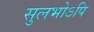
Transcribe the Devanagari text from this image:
सुलभोऽपि